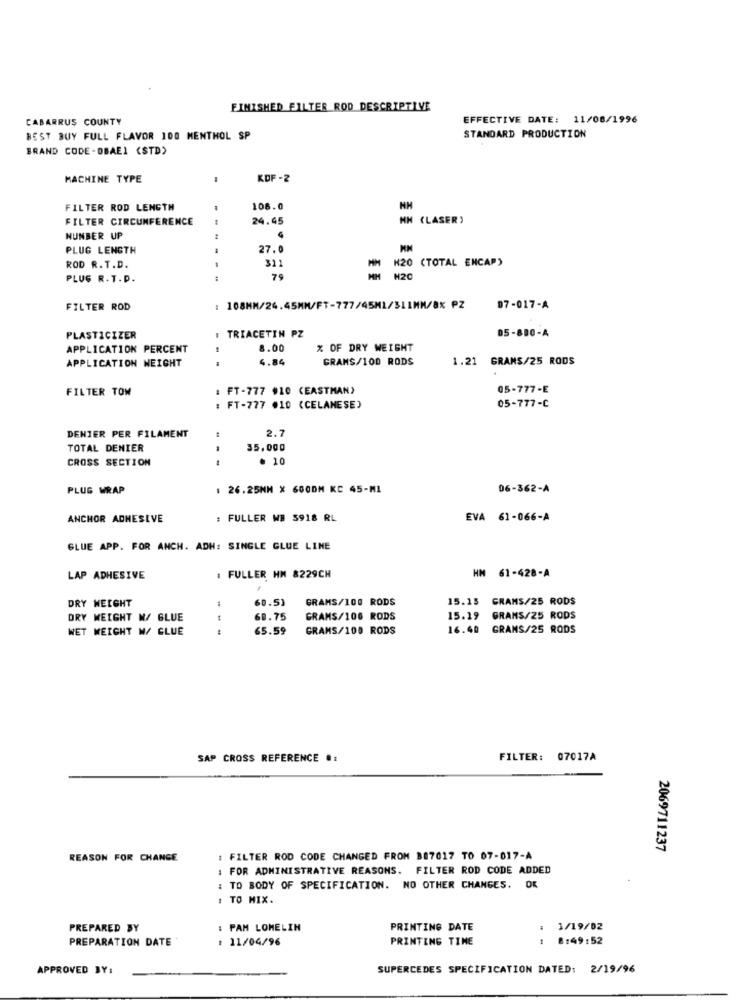
FINISHED FILTER ROD DESCRIPTIVE
CABARRUS COUNTY
EFFECTIVE DATE: 11/08/1996
BEST BUY FULL FLAVOR 100 MENTHOL SP
STANDARD PRODUCTION
BRAND CODE -DBAEI (STD)
MACHINE TYPE
KDF -2
FILTER ROD LENGTH
106.0
FILTER CIRCUMFERENCE
24.45
NN (LASER)
NUNBER UP
PLUG LENGTH
27.0
H20 (TOTAL ENCAP)
ROD R. T.D.
311
PLUG R.T.D.
---
75
H20
FILTER ROD
: 108MM/24.45MM/FT-777/45ML/31IHN/8% PZ
07-017-A
I TRIACETIN PZ
05-880-A
PLASTICIZER
APPLICATION PERCENT
8.00
% OF DRY WEIGHT
APPLICATION WEIGHT
4.84
GRAMS/100 RODS
1.21 GRAMS/25 RODS
FILTER TOW
: FT-777 010 (EASTMAN)
05-777-E
: FT-777 010 (CELANESE)
05-777-C
2.7
DENIER PER FILAMENT
TOTAL DENIER
35,000
CROSS SECTION
* 10
PLUG WRAP
26.25MM X 600DM KC 45-MI
06-362-A
ANCHOR ADHESIVE
: FULLER WB 5918 RL
EVA 61-066-A
GLUE APP. FOR ANCH. ADH: SINGLE GLUE LINE
LAP ADHESIVE
: FULLER HM 8229CH
HM 61-428-A
DRY WEIGHT
60.51
GRAMS/100 RODS
15.15
GRAMS/25 RODS
DRY WEIGHT W/ BLUE
60.75
GRAMS/106 RODS
15.19 GRAMS/25 RODS
WET WEIGHT W/ GLUE
65.59
GRAMS/100 RODS
16.40 GRAMS/25 RODS
SAP CROSS REFERENCE .:
FILTER: 07017A
2069711237
REASON FOR CHANGE
: FILTER ROD CODE CHANGED FROM 887017 TO 07-017-A
: FOR ADMINISTRATIVE REASONS. FILTER ROD CODE ADDED
: TO BODY OF SPECIFICATION. NO OTHER CHANGES. OK
: TO MIX.
PREPARED BY
: PAM LOMELIN
PRINTING DATE
3/19/02
PREPARATION DATE
: 11/04/96
PRINTING TIME
8:49:52
APPROVED BY:
SUPERCEDES SPECIFICATION DATED: 2/19/96